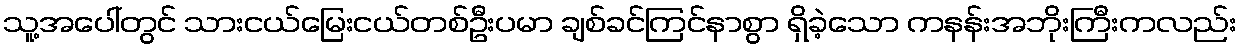
သူ့အပေါ်တွင် သားငယ်မြေးငယ်တစ်ဦးပမာ ချစ်ခင်ကြင်နာစွာ ရှိခဲ့သော ကနန်းအဘိုးကြီးကလည်း